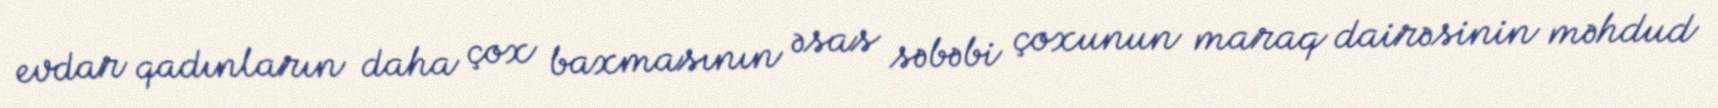
evdar qadınların daha çox baxmasının əsas səbəbi çoxunun maraq dairəsinin məhdud